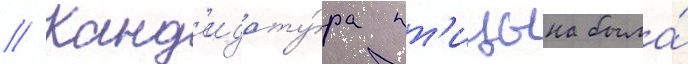
// Канд'идату́ра пт'ицына была́